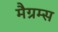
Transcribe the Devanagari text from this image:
मैग्रम्स